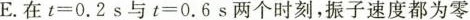
E.在$$t = 0 . 2s$$与$$t = 0 . 6 s$$两个时刻，振子速度都为零